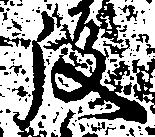
後